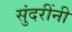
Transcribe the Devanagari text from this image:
सुंदरींनी